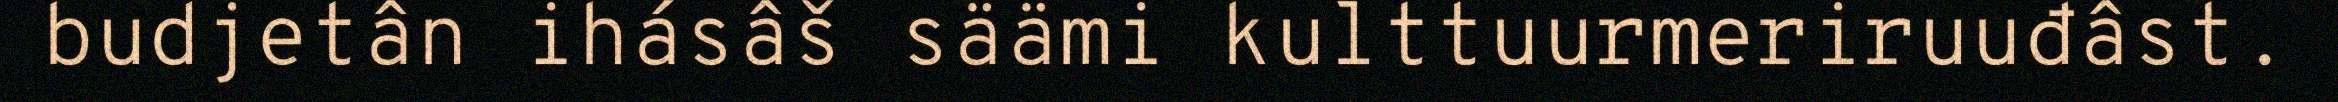
budjetân ihásâš säämi kulttuurmeriruuđâst.